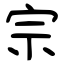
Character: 宗